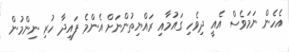
އެހެން ނަމަވެސް އެއީ ދިވެހި ގައުމާއި ރައްޔިތުންނަށް އެންމެ ފައިދާ ހުރި ނިންމުން